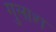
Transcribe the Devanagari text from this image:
गुलाश